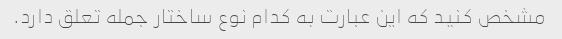
مشخص کنید که این عبارت به کدام نوع ساختار جمله تعلق دارد.